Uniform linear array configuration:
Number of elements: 12
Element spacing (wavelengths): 0.25
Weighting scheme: uniform
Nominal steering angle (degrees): -60
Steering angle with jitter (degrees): -61.161
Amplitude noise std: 0.05
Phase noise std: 0.05

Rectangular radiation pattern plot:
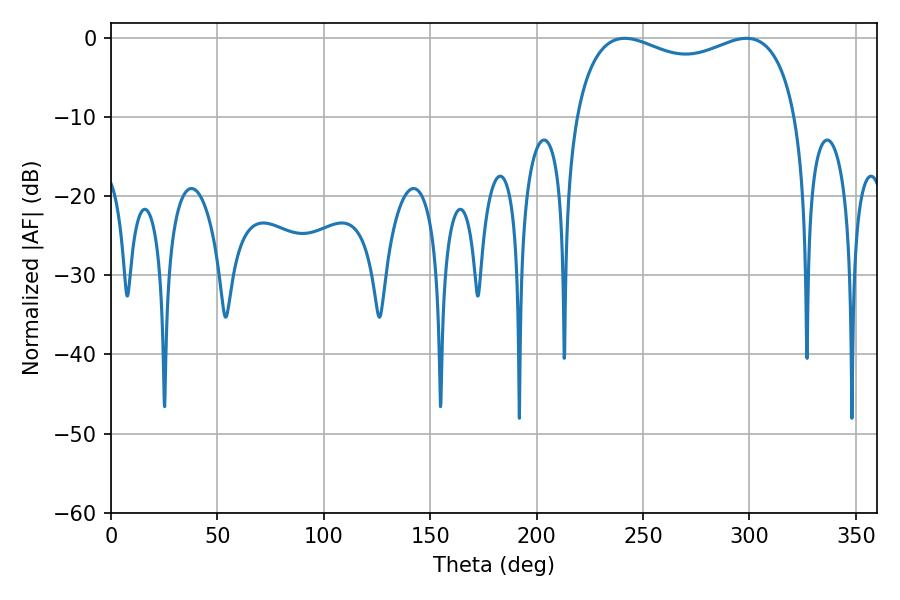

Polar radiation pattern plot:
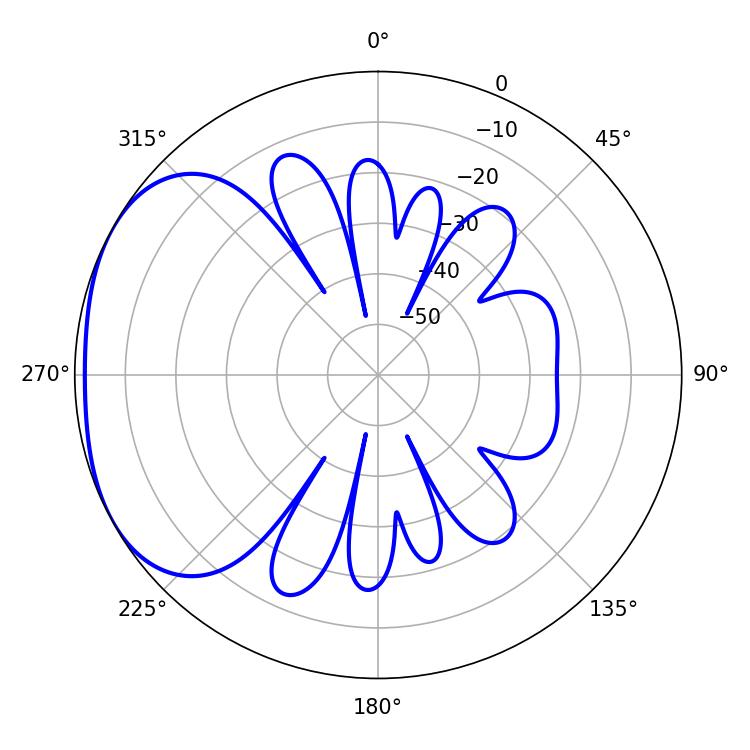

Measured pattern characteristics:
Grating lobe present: FALSE
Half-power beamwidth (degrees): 86.04
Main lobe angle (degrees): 241.38